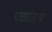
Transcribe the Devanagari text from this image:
फळांतल्या